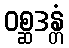
ဝစ္ဆဒန္တံ